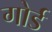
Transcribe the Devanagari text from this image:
गोर्ड